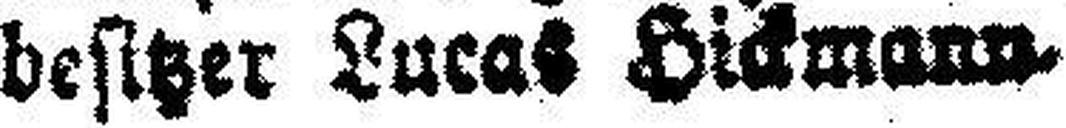
besitzer Lucas Hickmann.